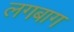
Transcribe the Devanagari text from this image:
लगबाग